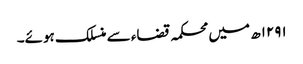
۱۲۹۱ھ میں محکمہ قضاء سے منسلک ہوئے۔